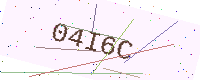
Text: 04I6C